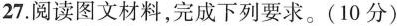
27.阅读图文材料，完成下列要求。（10分）